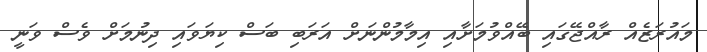
މައުރަޒެއް ރާއްޖޭގައި ބޭއްވުމަށާއި އިމާމުންނަށް އަރަބި ބަސް ކިޔަވައި ދިނުމަށް ވެސް ވަނީ